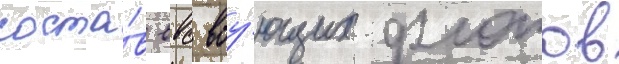
соста́в ввс воу́ющих флотов